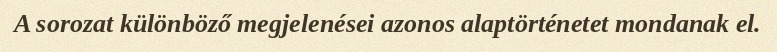
A sorozat különböző megjelenései azonos alaptörténetet mondanak el.